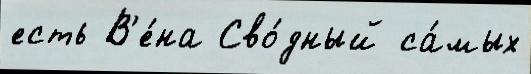
есть В'е́на Сво́дный са́мых